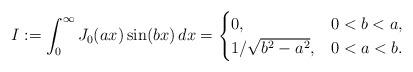
LaTeX: \begin{align*}I:=\int_{0}^{\infty} J_{0}(ax) \sin(bx) \, dx = \begin{cases} 0, & 0< b < a, \\1/\sqrt{b^{2}-a^{2}}, & 0 < a < b.\end{cases}\end{align*}